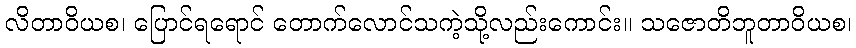
လိတာဝိယစ၊ ပြောင်ရရောင် တောက်လောင်သကဲ့သို့လည်းကောင်း။ သဇောတိဘူတာဝိယစ၊